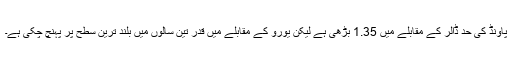
پاؤنڈ کی حد ڈالر کے مقابلے میں 1.35 بڑھی ہے لیکن یورو کے مقابلے میں قدر تین سالوں میں بلند ترین سطح پر پہنچ چکی ہے۔